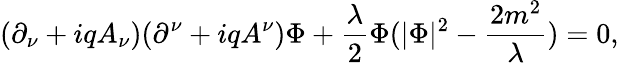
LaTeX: (\partial_{\nu}+iqA_{\nu})(\partial^{\nu}+iqA^{\nu})\Phi+\frac{\lambda}{2}\Phi(|\Phi|^{2}-\frac{2m^{2}}{\lambda})=0,